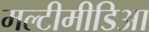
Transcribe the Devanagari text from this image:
मल्टीमीडिआ